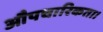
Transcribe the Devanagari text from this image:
औपचारिकता।